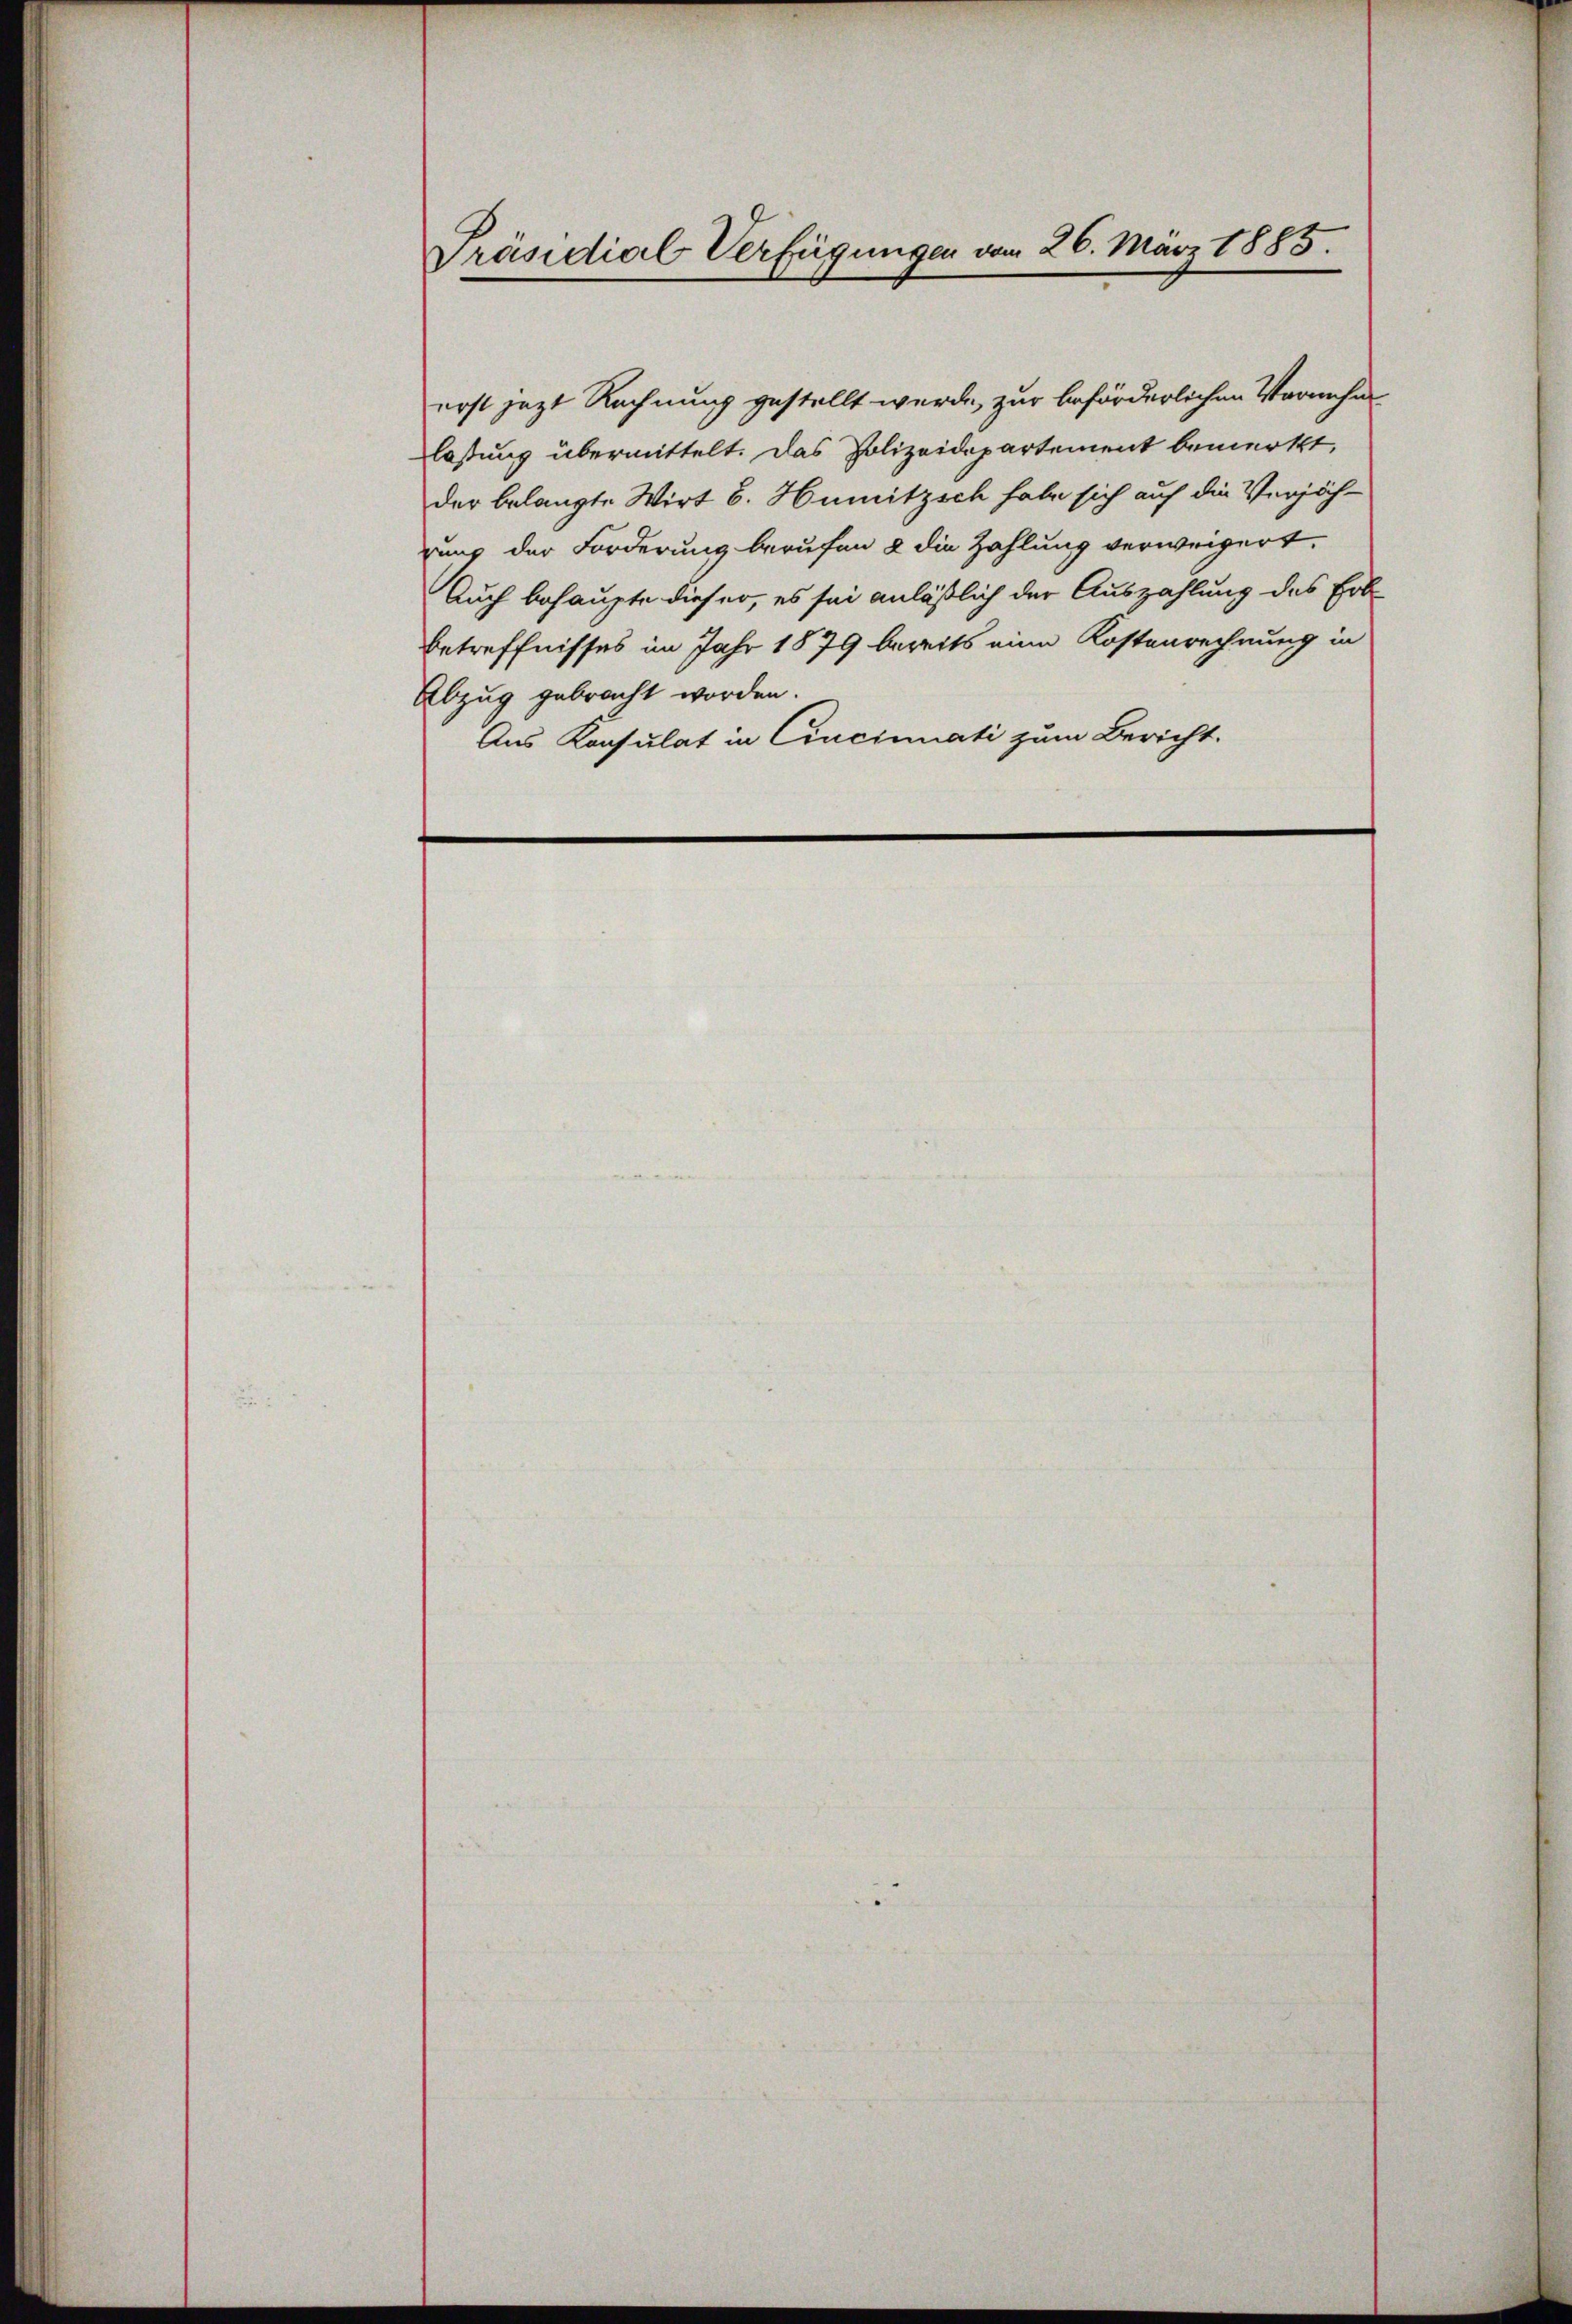
Präsidial-Verfügungen vom 26. März 1885.

erst jetzt Rechnung gestellt werde, zur beförderlichen Vornehmlaßung übermittelt. Das Polizeidepartement bemerkt,
der belangte Wirt E. Humitzsch habe sich auf die Verjäh-
rung der Forderung berufen & die Zahlung verweigert.
Auch behaupte dieser, es sei anläßlich der Auszahlung des Erb-
Betreffnisses im Jahr 1879 bereits eine Kostenrechnung in
Abzug gebracht worden.
Aus Konsulat in Cincinati zum Bericht.